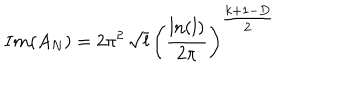
LaTeX: I m ( A _ { N } ) = 2 \pi ^ { 2 } \, \sqrt { l } \, \left( \frac { \ln ( l ) } { 2 \pi } \right) ^ { { \textstyle \frac { k + 1 - D } { 2 } } }